38_143685_box7_Incident_Summaries_1-100
Agency: Department of War
Page 14
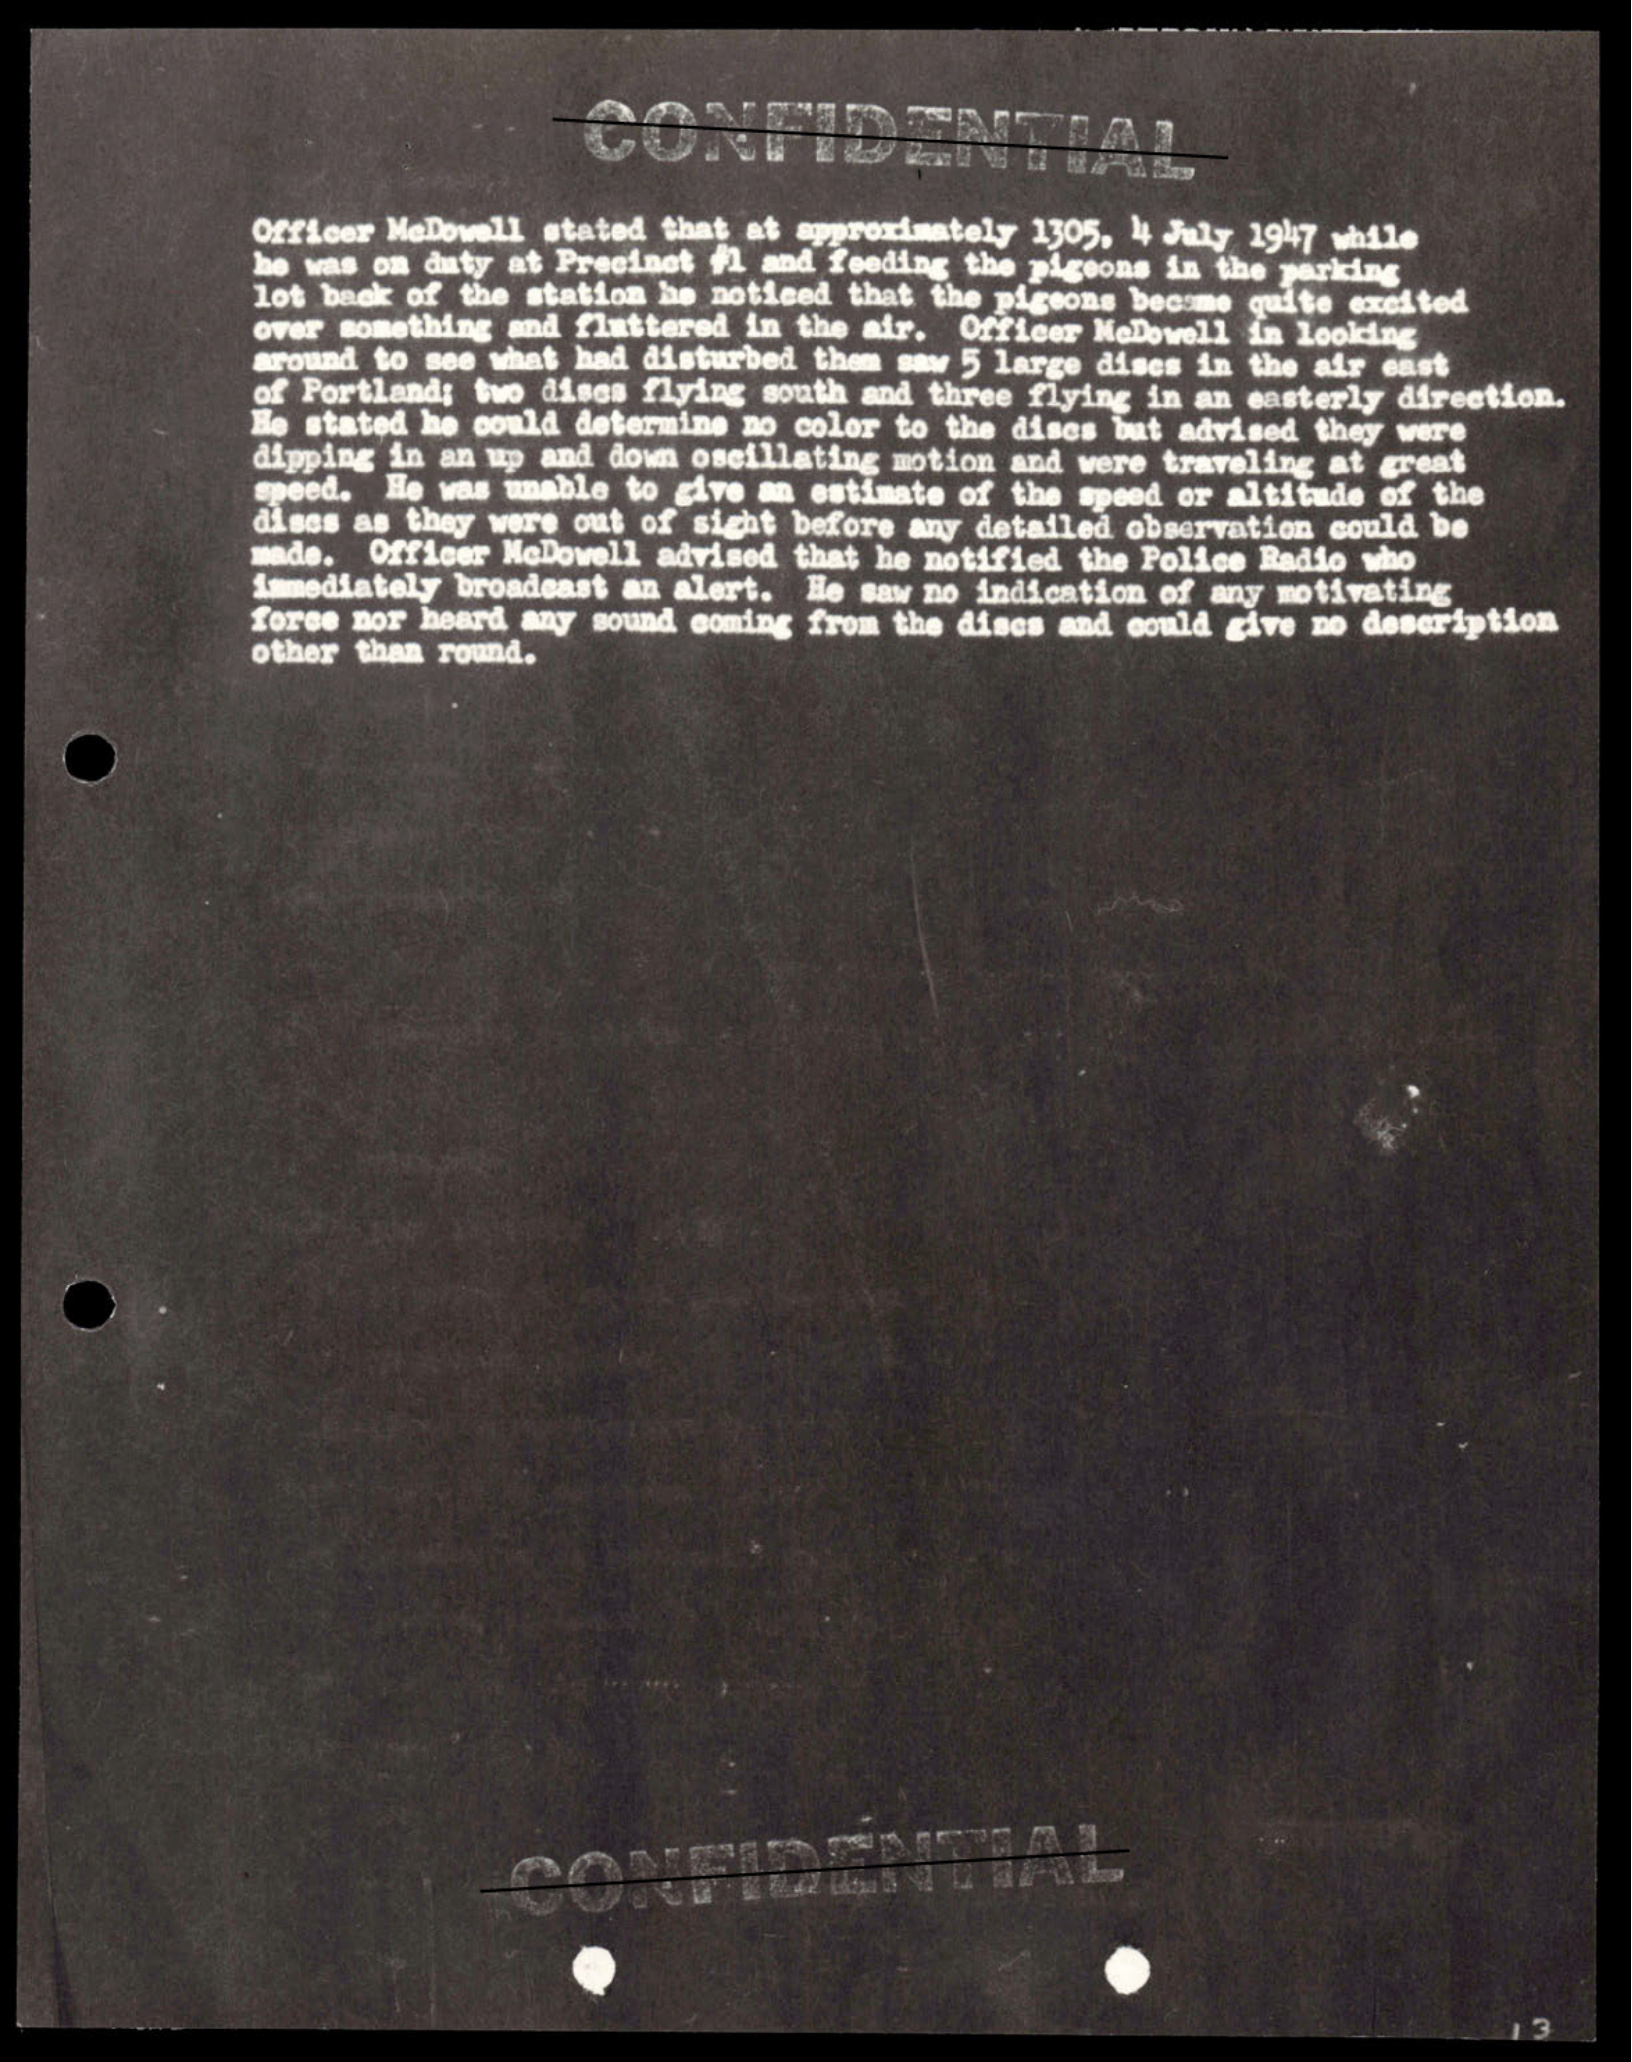